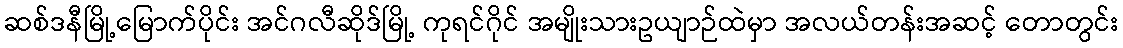
ဆစ်ဒနီမြို့မြောက်ပိုင်း အင်ဂလီဆိုဒ်မြို့ ကုရင်ဂိုင် အမျိုးသားဥယျာဉ်ထဲမှာ အလယ်တန်းအဆင့် တောတွင်း